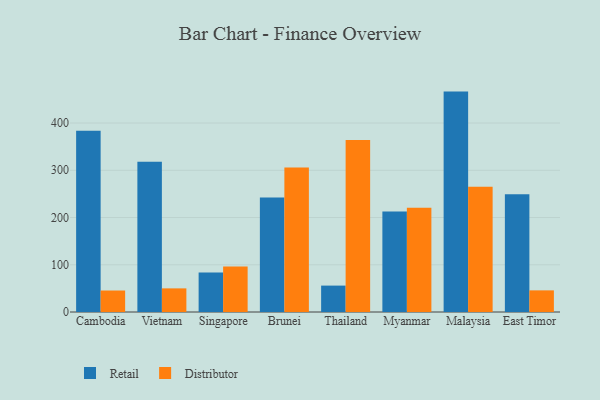
{"axis": {"x": "Country", "y": "Net Income (USD K)"}, "legend": ["Distributor", "Retail"], "data": [{"x": "Cambodia", "y": 383.8, "type": "Retail"}, {"x": "Cambodia", "y": 45.5, "type": "Distributor"}, {"x": "Vietnam", "y": 318.1, "type": "Retail"}, {"x": "Vietnam", "y": 50.0, "type": "Distributor"}, {"x": "Singapore", "y": 83.6, "type": "Retail"}, {"x": "Singapore", "y": 96.5, "type": "Distributor"}, {"x": "Brunei", "y": 242.5, "type": "Retail"}, {"x": "Brunei", "y": 305.9, "type": "Distributor"}, {"x": "Thailand", "y": 55.9, "type": "Retail"}, {"x": "Thailand", "y": 364.0, "type": "Distributor"}, {"x": "Myanmar", "y": 212.5, "type": "Retail"}, {"x": "Myanmar", "y": 220.9, "type": "Distributor"}, {"x": "Malaysia", "y": 466.6, "type": "Retail"}, {"x": "Malaysia", "y": 265.0, "type": "Distributor"}, {"x": "East Timor", "y": 249.2, "type": "Retail"}, {"x": "East Timor", "y": 45.8, "type": "Distributor"}]}